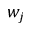
w _ { j }